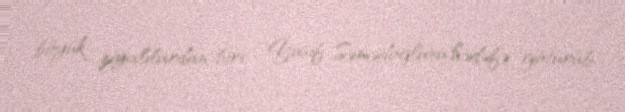
böyük ziyalılardan biri - Yusif Səmədoğlunu hədəfə götürüb.